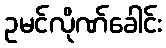
ဥမင်လိုဏ်ခေါင်း